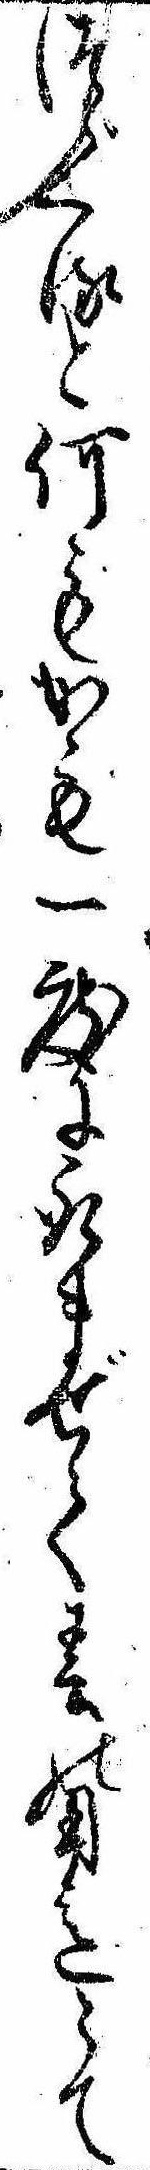
つゞくると何もかも一度に取まぜて春の用意とて